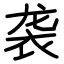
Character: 袭